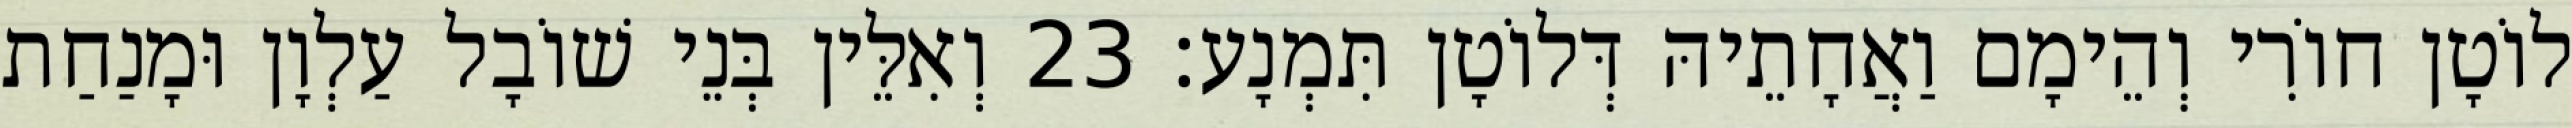
לוֹטָן חוֹרִי וְהֵימָם וַאֲחָתֵיהּ דְּלוֹטָן תִּמְנָע׃ 23 וְאִלֵּין בְּנֵי שׁוֹבָל עַלְוָן וּמָנַחַת